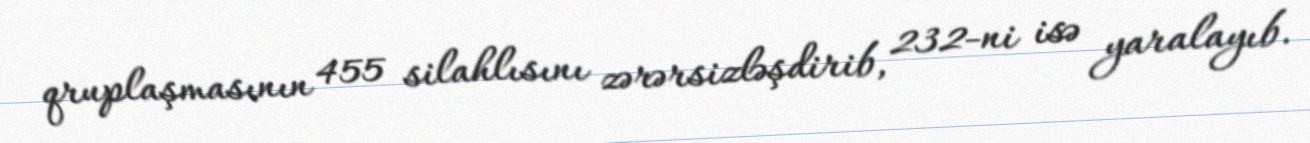
qruplaşmasının 455 silahlısını zərərsizləşdirib, 232-ni isə yaralayıb.